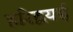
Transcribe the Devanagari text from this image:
हरिद्वयई